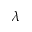
\lambda